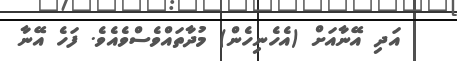
އަދި އޭނާއަށް (އެހެނިހެން) މުދާތައްވެސްވެއެވެ. ފަހެ އޭނާ